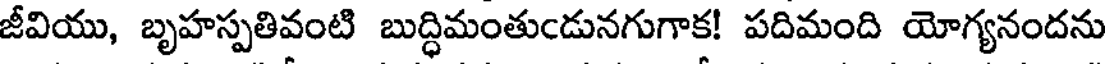
జీవియు, బృహస్పతివంటి బుద్ధిమంతుండునగుగాక! పదిమంది యోగ్యనందను